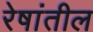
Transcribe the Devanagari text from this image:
रेषांतील